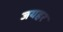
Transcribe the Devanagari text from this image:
जयहर